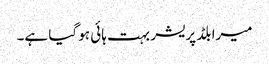
میرا بلڈ پریشر بہت ہائی ہو گیا ہے۔